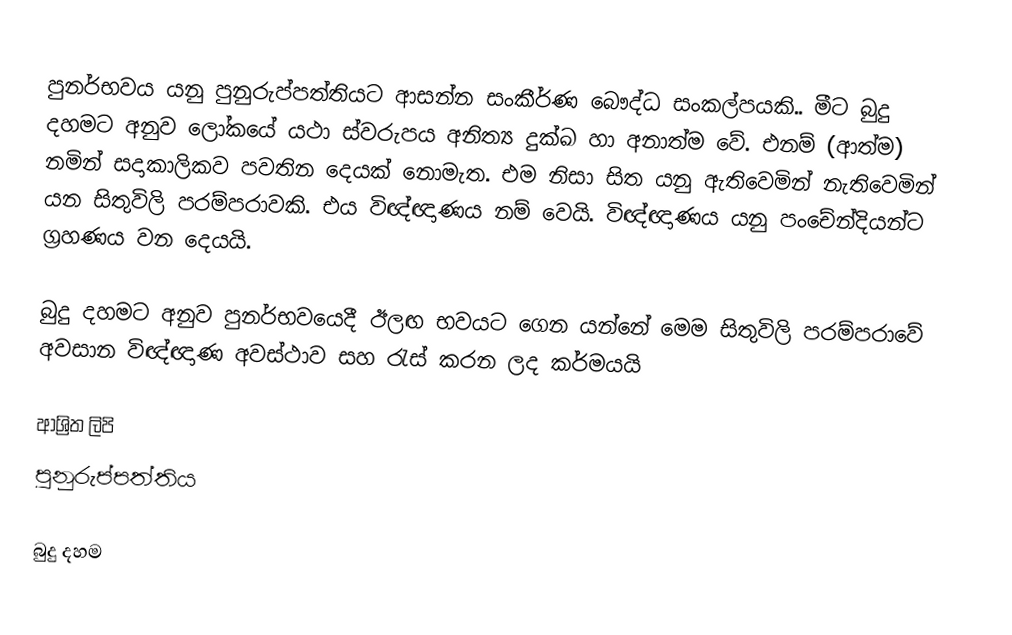
පුනර්භවය යනු පුනුරුප්පත්තියට ආසන්න සංකීර්ණ බෞද්ධ සංකල්පයකි.. මීට බුදු දහමට අනුව ලෝකයේ යථා ස්වරුපය අනිත්‍ය දුක්ඛ හා අනාත්ම වේ. එනම් (ආත්ම) නමින් සදාකාලිකව පවතින දෙයක් නොමැත. එම නිසා සිත යනු ඇතිවෙමින් නැතිවෙමින් යන සිතුවිලි පරම්පරාවකි. එය විඥ්ඥාණය නම් වෙයි. විඥ්ඥාණය යනු පංචේන්දියන්ට ග්‍රහණය වන දෙයයි.

බුදු දහමට අනුව පුනර්භවයෙදී ඊලඟ භවයට ගෙන යන්නේ මෙම සිතුවිලි පරම්පරාවේ අවසාන විඥ්ඥාණ අවස්ථාව සහ රැස් කරන ලද කර්මයයි

ආශ්‍රිත ලිපි
 පුනුරුප්පත්තිය

බුදු දහම